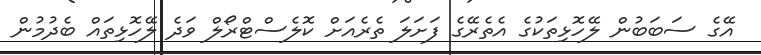
އޭގެ ސަބަބުން ލޭހޮޅިތަކުގެ އެތެރޭގެ ފަށަލަ ތެރެއަށް ކޮލެސްޓްރޯލް ވަދެ ލޭހޮޅިތައް ބެދުމުން